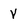
Character: v